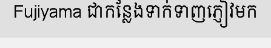
Fujiyama ជាកន្លែងទាក់ទាញភ្ញៀវមក